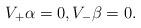
LaTeX: \begin{align*} V_+\alpha=0,V_-\beta=0.\end{align*}